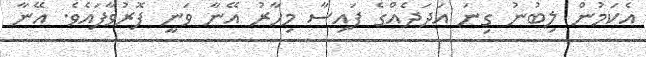
އެކަމުން ލިބުނު ގިނަ އަދަދެއްގެ ފައިސާ މިހާރު އޭނާ ވަނީ ފޮރުވާފައެވެ. އޭނާ